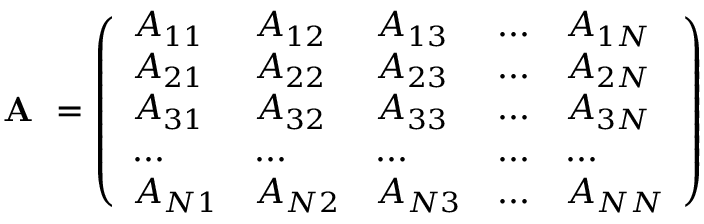
\textbf { A } = \left( \begin{array} { l l l l l } { A _ { 1 1 } } & { A _ { 1 2 } } & { A _ { 1 3 } } & { . . . } & { A _ { 1 N } } \\ { A _ { 2 1 } } & { A _ { 2 2 } } & { A _ { 2 3 } } & { . . . } & { A _ { 2 N } } \\ { A _ { 3 1 } } & { A _ { 3 2 } } & { A _ { 3 3 } } & { . . . } & { A _ { 3 N } } \\ { . . . } & { . . . } & { . . . } & { . . . } & { . . . } \\ { A _ { N 1 } } & { A _ { N 2 } } & { A _ { N 3 } } & { . . . } & { A _ { N N } } \end{array} \right)